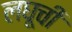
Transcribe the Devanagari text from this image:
लघूची